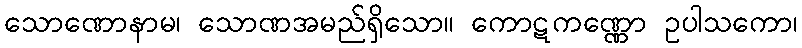
သောဏောနာမ၊ သောဏအမည်ရှိသော။ ကောဋကဏ္ဏော ဥပါသကော၊